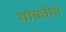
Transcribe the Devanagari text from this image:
थांबवीत